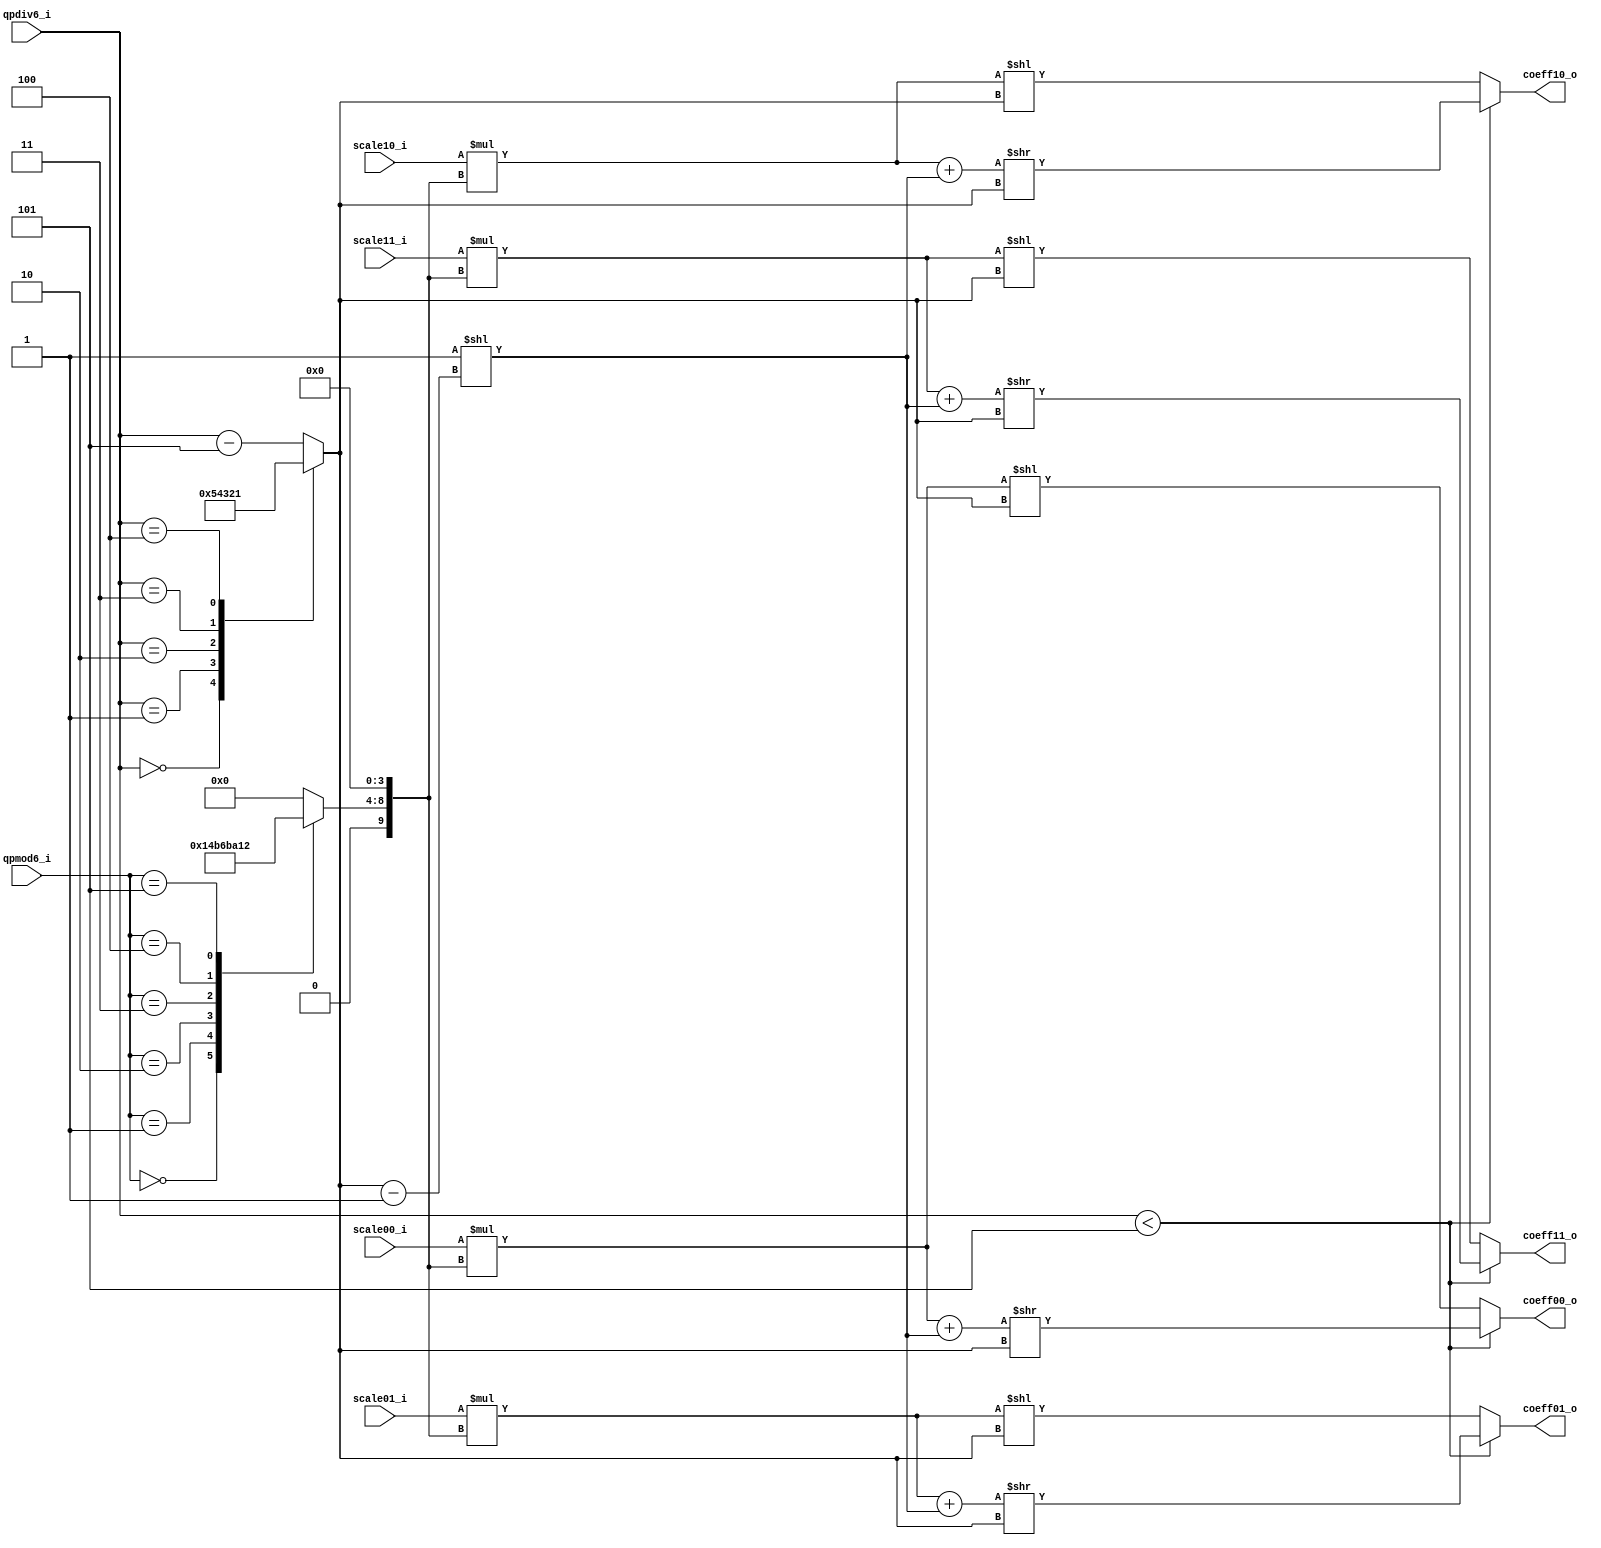
module tq_dequant2x2_dc(
				qpmod6_i,
				qpdiv6_i,
				
				scale00_i,
				scale01_i,
				scale10_i,
				scale11_i,
				
				coeff00_o,
				coeff01_o,
				coeff10_o,
				coeff11_o
);

parameter IN_WIDTH  = 15;
parameter OUT_WIDTH = 15;

input          [2:0] qpmod6_i; 
input          [3:0] qpdiv6_i;

input  signed [IN_WIDTH-1:0] scale00_i;
input  signed [IN_WIDTH-1:0] scale01_i;
input  signed [IN_WIDTH-1:0] scale10_i;
input  signed [IN_WIDTH-1:0] scale11_i;

output signed [OUT_WIDTH-1:0] coeff00_o;
output signed [OUT_WIDTH-1:0] coeff01_o;
output signed [OUT_WIDTH-1:0] coeff10_o;
output signed [OUT_WIDTH-1:0] coeff11_o;

wire signed [25-1:0] coeff00_o_w;
wire signed [25-1:0] coeff01_o_w;
wire signed [25-1:0] coeff10_o_w;
wire signed [25-1:0] coeff11_o_w;
  
wire [IN_WIDTH+9:0] bias_w; 
reg  [3:0]  shift_len_w;

reg signed [5:0] de_mf00_w;

wire signed [IN_WIDTH+9:0] product_tmp00_w;
wire signed [IN_WIDTH+9:0] product_tmp01_w;
wire signed [IN_WIDTH+9:0] product_tmp10_w;
wire signed [IN_WIDTH+9:0] product_tmp11_w;

assign product_tmp00_w = scale00_i * ({de_mf00_w,4'b0});
assign product_tmp01_w = scale01_i * ({de_mf00_w,4'b0});
assign product_tmp10_w = scale10_i * ({de_mf00_w,4'b0});
assign product_tmp11_w = scale11_i * ({de_mf00_w,4'b0});

assign coeff00_o_w = (qpdiv6_i < 5)? ((product_tmp00_w + bias_w) >> shift_len_w) : (product_tmp00_w << shift_len_w);
assign coeff01_o_w = (qpdiv6_i < 5)? ((product_tmp01_w + bias_w) >> shift_len_w) : (product_tmp01_w << shift_len_w);
assign coeff10_o_w = (qpdiv6_i < 5)? ((product_tmp10_w + bias_w) >> shift_len_w) : (product_tmp10_w << shift_len_w);
assign coeff11_o_w = (qpdiv6_i < 5)? ((product_tmp11_w + bias_w) >> shift_len_w) : (product_tmp11_w << shift_len_w);

assign coeff00_o =  coeff00_o_w[14 : 0];
assign coeff01_o =  coeff01_o_w[14 : 0];
assign coeff10_o =  coeff10_o_w[14 : 0];
assign coeff11_o =  coeff11_o_w[14 : 0];

assign bias_w = 25'd1 << (shift_len_w - 1'b1);

always @(*)
	case (qpdiv6_i)
		4'b0000:shift_len_w = 3'd5;
		4'b0001:shift_len_w = 3'd4;
		4'b0010:shift_len_w = 3'd3;
		4'b0011:shift_len_w = 3'd2;
		4'b0100:shift_len_w = 3'd1;
		default:shift_len_w = qpdiv6_i - 3'd5;
	endcase

always @(*)
	case (qpmod6_i)
		3'b000:de_mf00_w = 5'd10;
		3'b001:de_mf00_w = 5'd11;
		3'b010:de_mf00_w = 5'd13;
		3'b011:de_mf00_w = 5'd14;
		3'b100:de_mf00_w = 5'd16;
		3'b101:de_mf00_w = 5'd18;
		default: de_mf00_w = 5'd0;
	endcase


endmodule